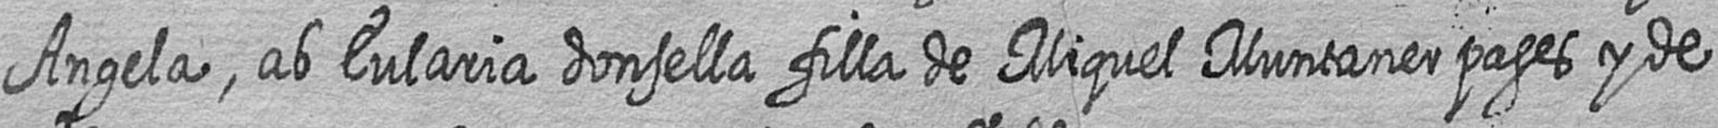
Angela ab Eularia donsella filla de Miquel Muntaner pages y de